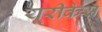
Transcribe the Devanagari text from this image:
यूरीकेस